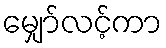
မျှော်လင့်ကာ